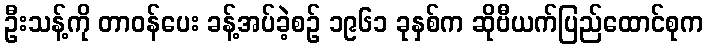
ဦးသန့်ကို တာဝန်ပေး ခန့်အပ်ခဲ့စဉ် ၁၉၆၁ ခုနှစ်က ဆိုဗီယက်ပြည်ထောင်စုက